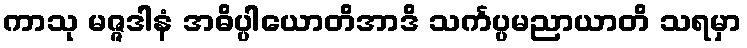
ကာသု မဇ္ဇဒါနံ အဓိပ္ပါယောတိအာဒိ သင်္ကပ္ပမညာယာတိ သရမှာ